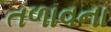
તળાવના